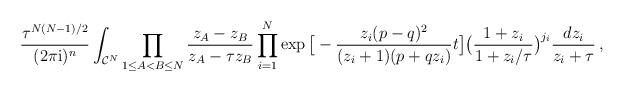
LaTeX: \begin{align*}\frac{\tau^{N(N-1)/2} }{(2\pi \mathrm{i})^n}\int_{\mathcal{C}^N}\prod_{1\leq A<B\leq N} \frac{z_A-z_B}{z_A-\tau z_B}\prod_{i=1}^{N} \exp\big[ -\frac{z_i(p-q)^2}{(z_i+1)(p+qz_i)}t \big]\big(\frac{1+z_i}{1+z_i/\tau}\big)^{j_i} \frac{dz_i}{z_i+\tau}\,,\end{align*}